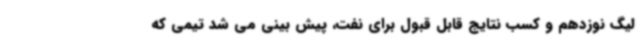
لیگ نوزدهم و کسب نتایج قابل قبول برای نفت، پیش بینی می شد تیمی که